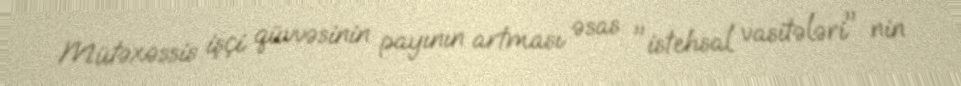
Mütəxəssis işçi qüvvəsinin payının artması əsas "istehsal vasitələri" nin